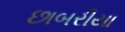
છાબરીયા